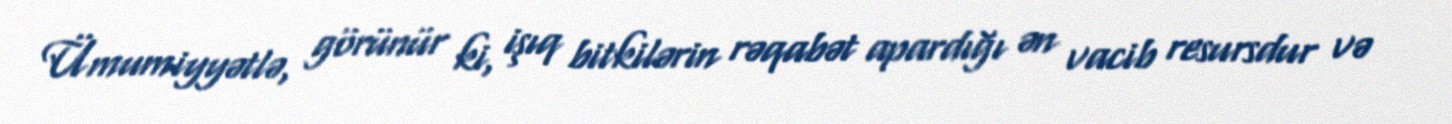
Ümumiyyətlə, görünür ki, işıq bitkilərin rəqabət apardığı ən vacib resursdur və